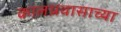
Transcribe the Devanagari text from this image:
कालप्रवासाच्या